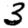
Digit: 3